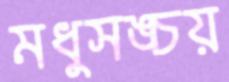
মধুসঙ্চয়